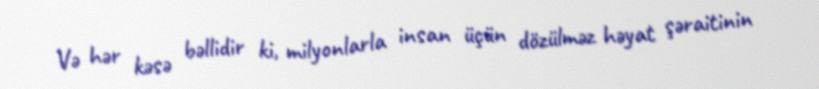
Və hər kəsə bəllidir ki, milyonlarla insan üçün dözülməz həyat şəraitinin